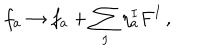
f _ { a } \rightarrow f _ { a } + \sum _ { I } \eta _ { a } ^ { I } F ^ { I } \, ,